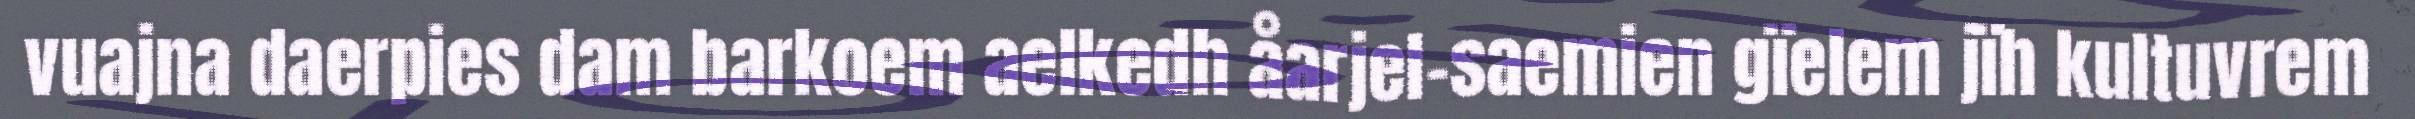
vuajna daerpies dam barkoem aelkedh åarjel-saemien gïelem jïh kultuvrem